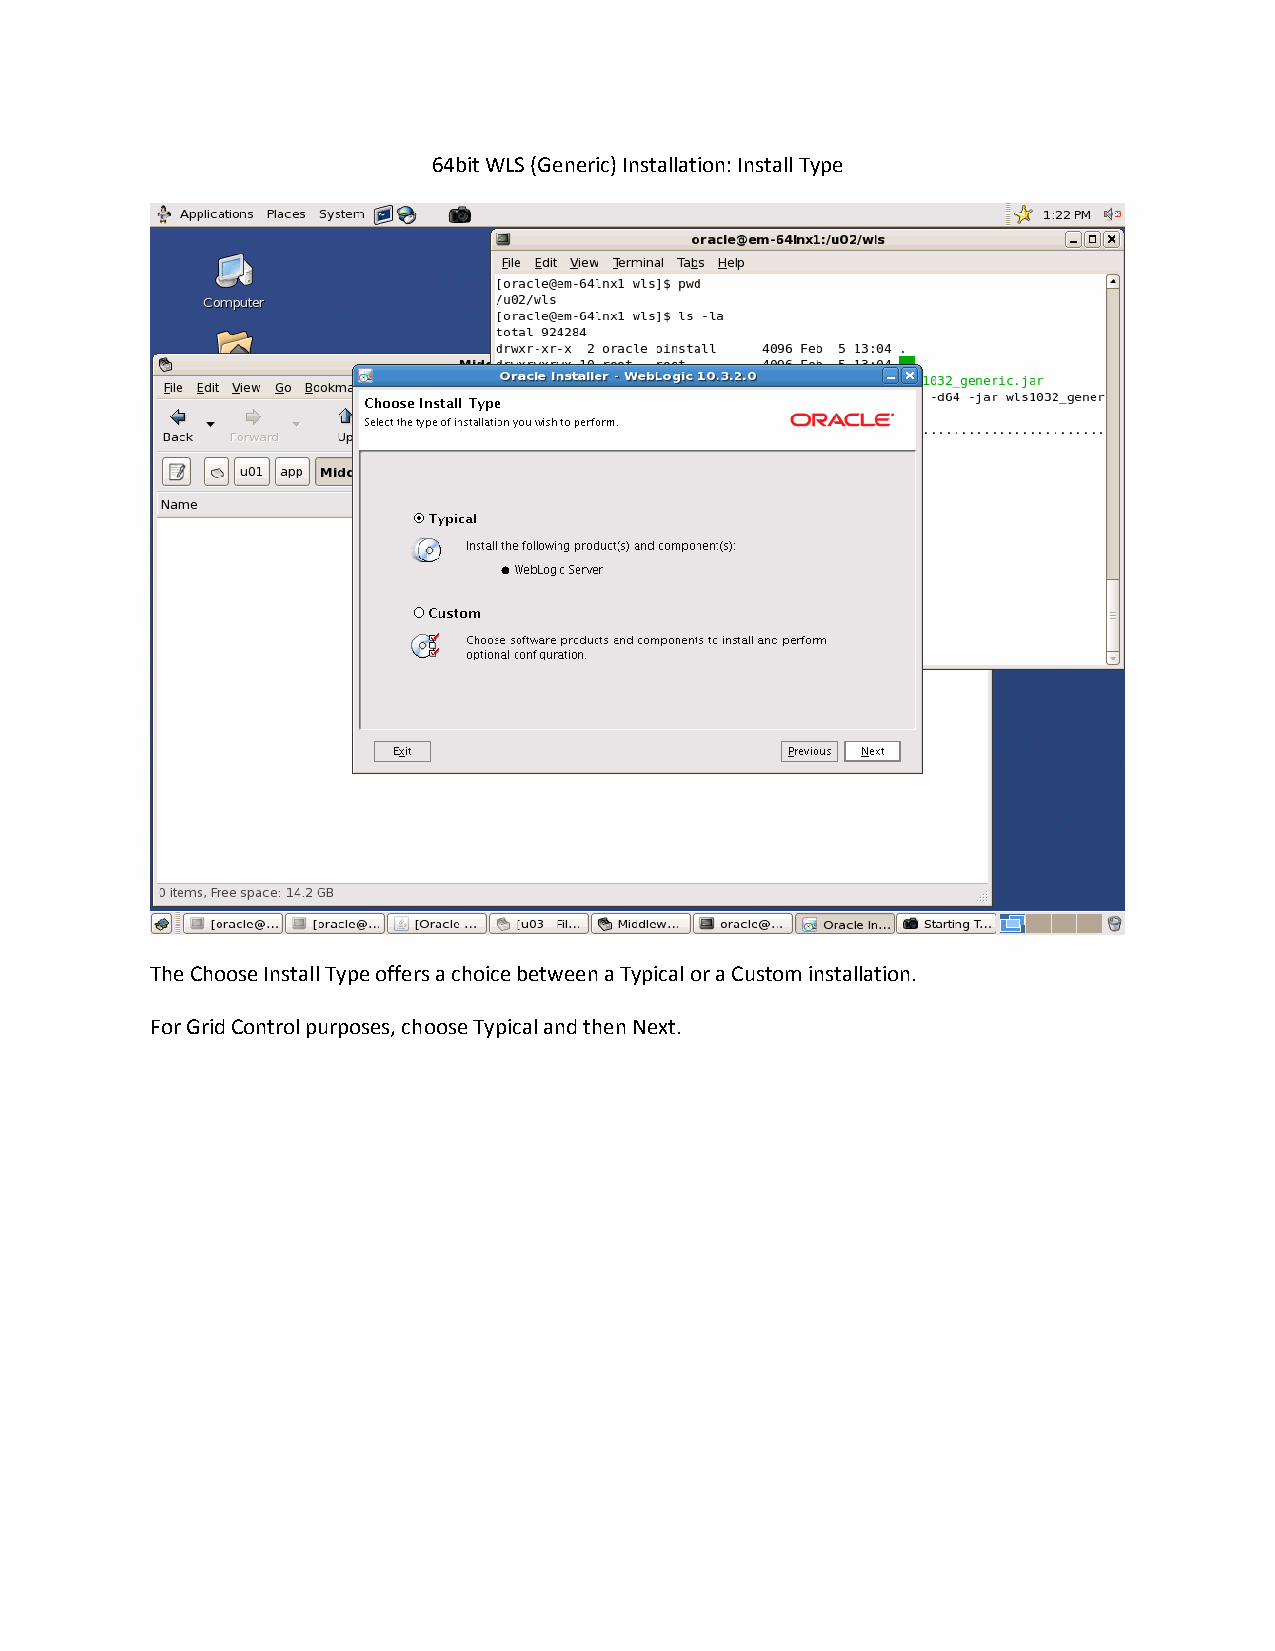
64bit WLS (Generic) Installation: Install Type
 The Choose Install Type offers a choice between a Typical or a Custom installation.
 For Grid Control purposes, choose Typical and then Next.